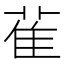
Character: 雈